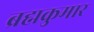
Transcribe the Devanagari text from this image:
ब्रह्मकुमार